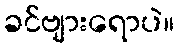
ခင်ဗျားရောပဲ။